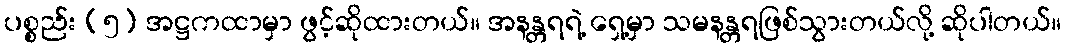
ပစ္စည်း (၅) အဋ္ဌကထာမှာ ဖွင့်ဆိုထားတယ်။ အနန္တရရဲ့ ရှေ့မှာ သမနန္တရဖြစ်သွားတယ်လို့ ဆိုပါတယ်။